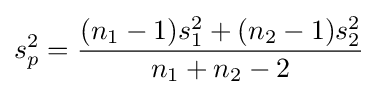
s_{p}^{2}={\frac {(n_{1}-1)s_{1}^{2}+(n_{2}-1)s_{2}^{2}}{n_{1}+n_{2}-2}}